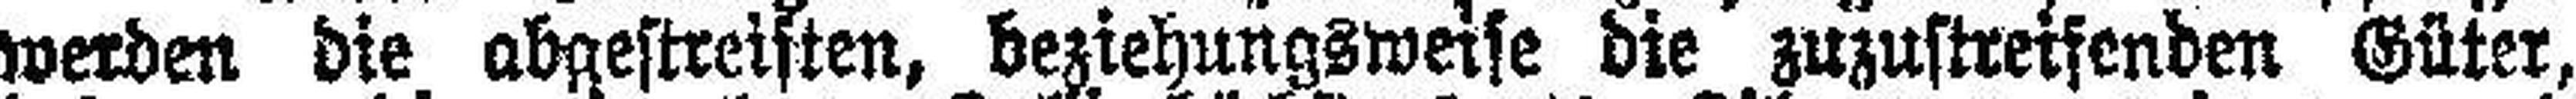
werden die abgestreiften, beziehungsweise die zuzustreifenden Güter,